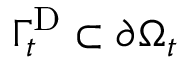
\Gamma _ { t } ^ { \mathrm { D } } \subset \partial \Omega _ { t }